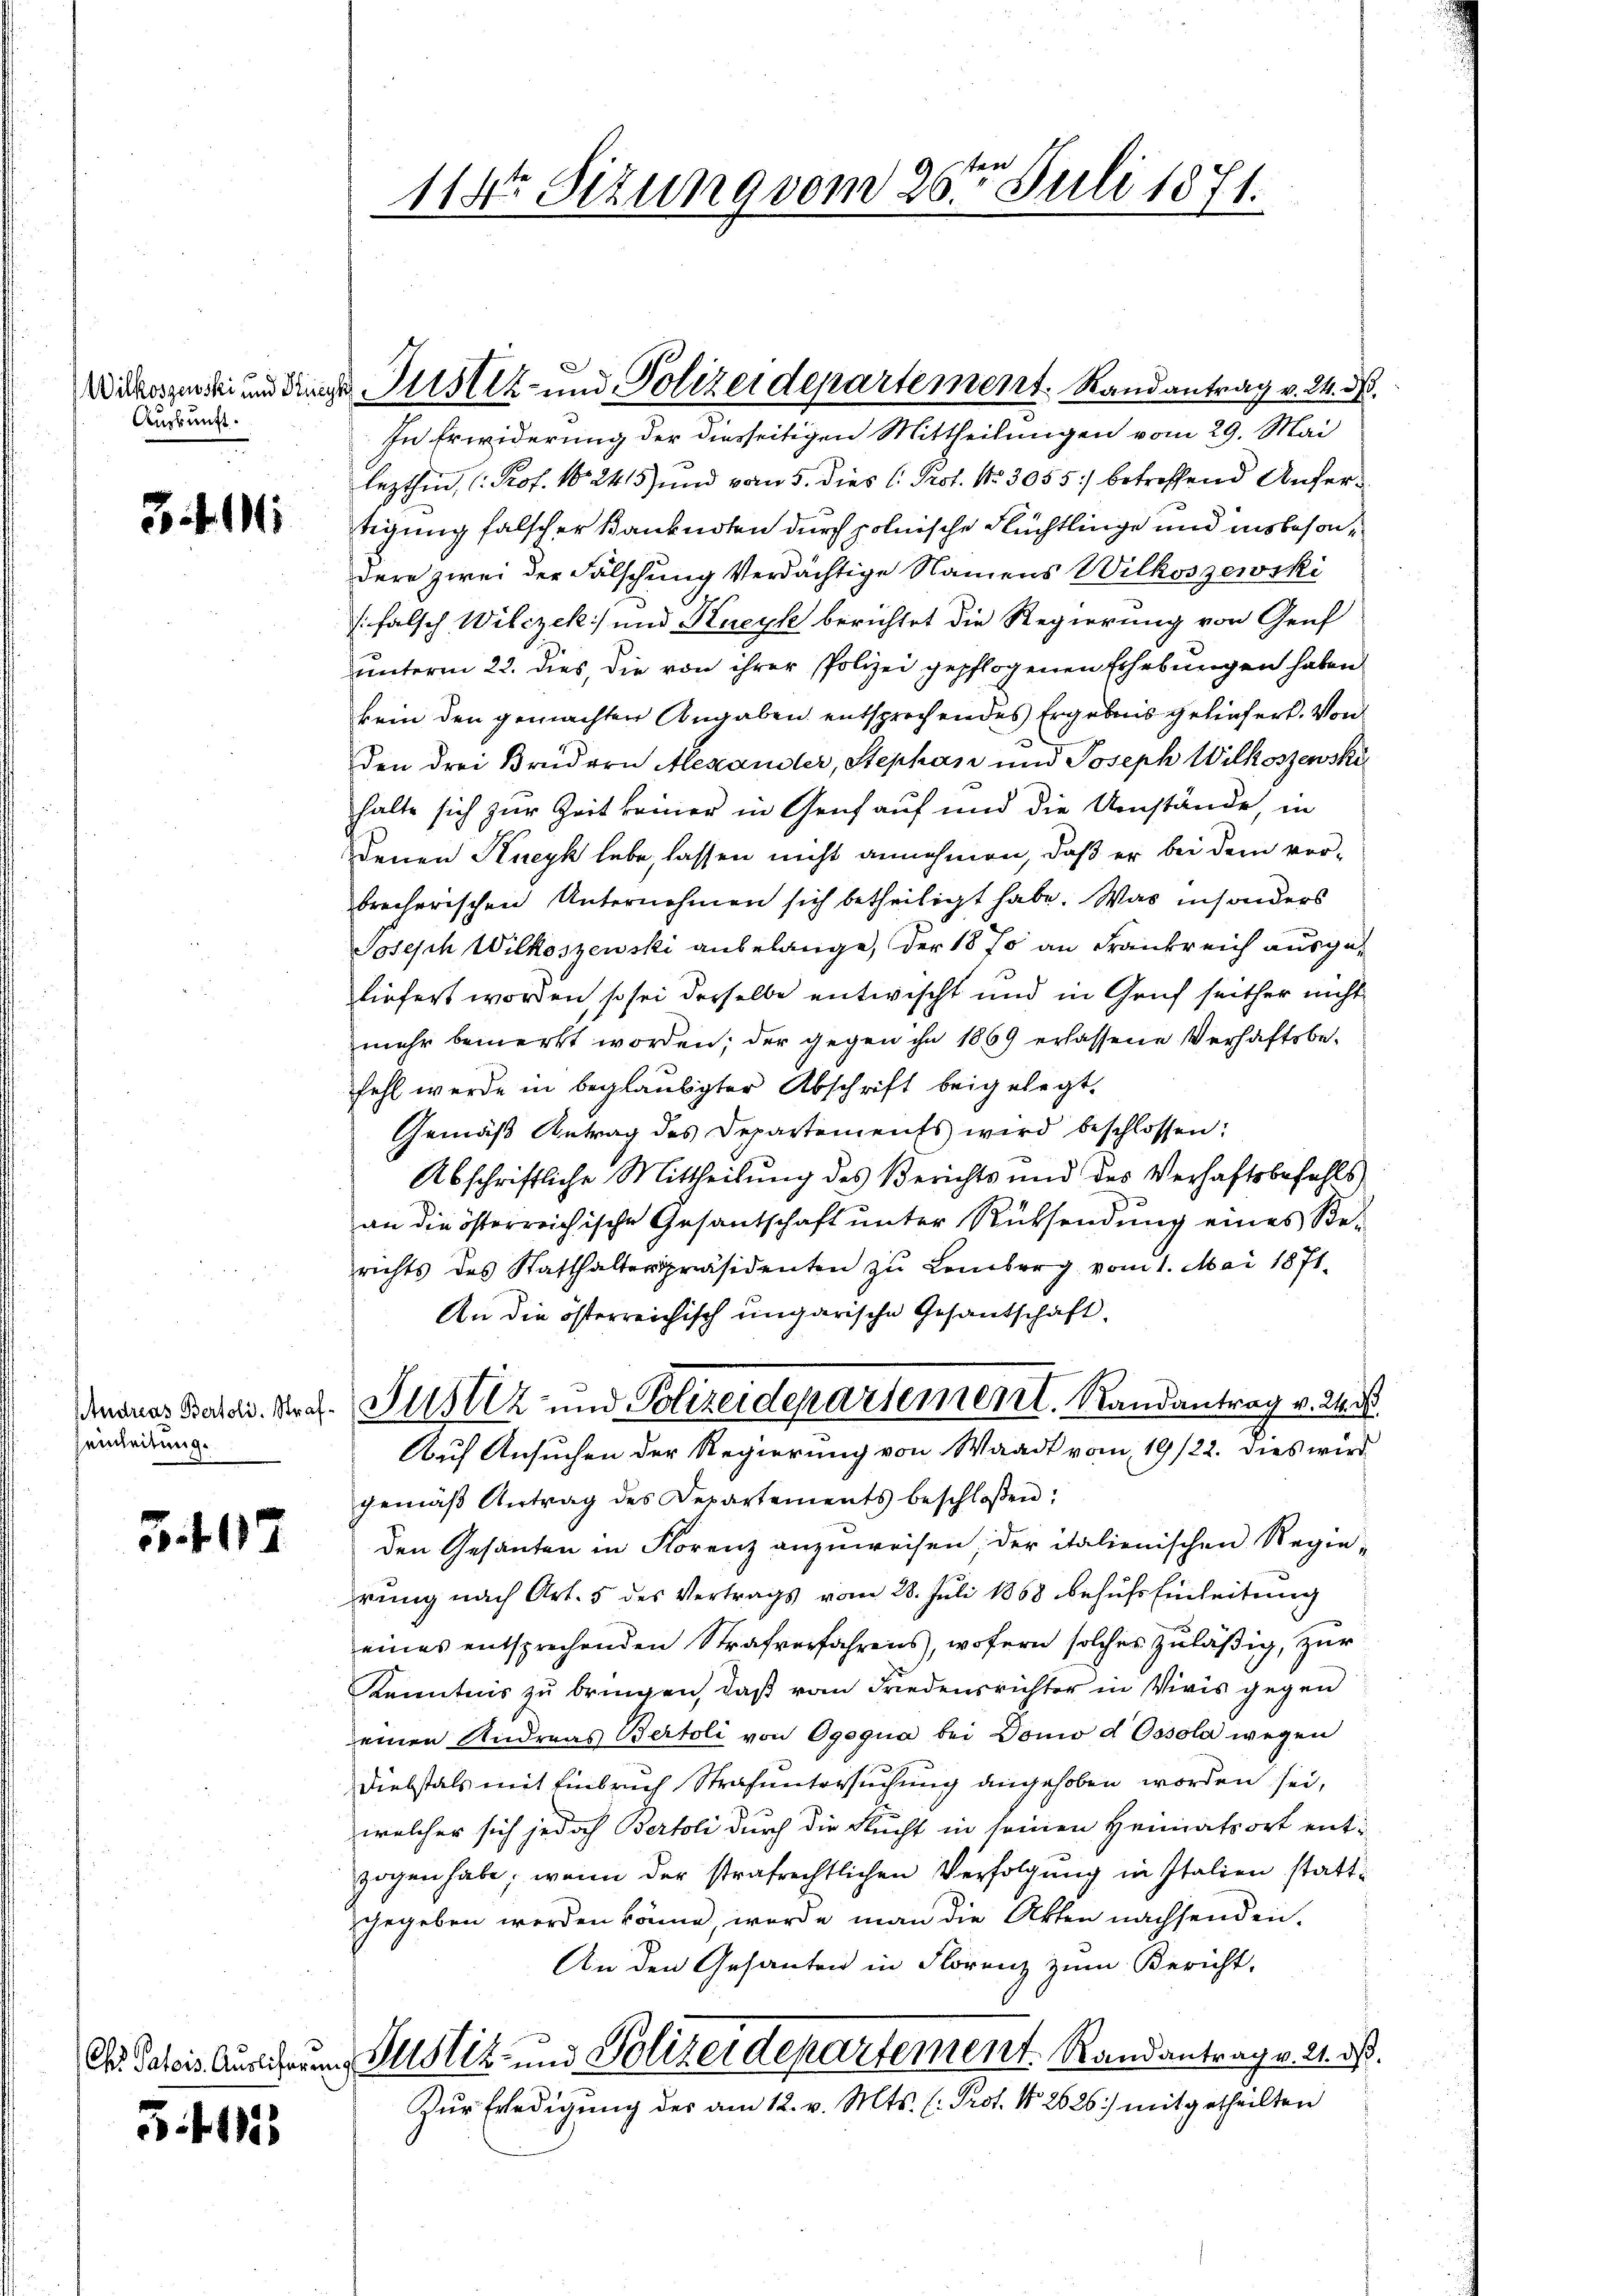
Auskunft.

3 Mi

einleitung.

5407

Ch. Patois. Auslicher

5415

11 Sizung vom 26ten Juli 1871.

In Erwiderung der diesseitigen Mittheilungen vom 29. Mai
lezthin (Prof. N. 2415) und vom 5. dies l. Prot. No 3055) betreffend Aufertigung falscher Banknoten durch polnische Flüchtlinge und insbesondere zwei der Fälschung verdächtige Namens Wilkoszewski
/. falsch Wilczek und Kneyk berichtet die Regierung von Genf
ŭnterm 22. dies, die von ihrer Polizei gepflogenen Erhebungen haben
kein den gemachten Angaben entsprechendes Ergebnis geliefert. Von
den drei Brüdern Alexandler, Stephan und Joseph Wilkoszewski
halte sich zur Zeit keiner in Genf auf und die Umstände, in
denen Kneyk lebe, lassen nicht annehmen, daß er bei dem vorbrecherischen Unternehmen sich betheiligt habe. Was insonders
Joseph Wilkoszenski anbelange, der 1870 an Frankreich ausgeliefert worden, so sei derselbe entwischt und in Gruf seither nicht
mehr bemerkt worden; der gegen ihn 1869 erlassene Verhaftsbefehl werde in beglaubigter Abschrift beigelegt,
Gemäß Antrag des Departements wird beschlossen:
Abschriftliche Mittheilung des Berichts und des Verhaftsbefehls
an die österreichische Gesantschaft unter Rücksendung eines Berichts des Statthalterpräsidenten zŭ Lemberg vom 1. Mai 1871.
An die österreichisch ungarische Gesandschaft,
Anones Basel. Prof. Justiz und Polizeidepartement. Randantrag v. M.
Auf Ansuchen der Regierung von Waadt vom 19/22. dies wird
gemäß Antrag des Departements beschloßen:
den Gesanten in Florenz anzuweisen, der italienischen Regierung nach Art. 5 des Vertrags vom 28. Juli 1868 behufs Einleitung
eines entsprechenden Strafverfahrens, wofern solches zuläßig, zŭr
Kenntnis zu bringen, daß vom Friedensrichter in Vivis gegen
einen Andreas Bertoli von Ogoqua bei Donio d Ossola wegen
Diebstals mit Einbruch Strafuntersuchung angehoben worden sei,
welcher sich jedoch Bertoli durch die Flucht in seinen Heimatsort entzogen habe, wenn der strafrechtlichen Verfolgung in Italien stattgegeben werden könne, werde man die Akten nachsenden.
An den Gesanten in Florenz zum Bericht,
u. Justiz- und Polizeidepartement. Randantrag v. 21. ds.
Zŭr Erledigŭng des am 12. v. Mts. l. Prot. N. 2626) mitgetheilten

Wickargende und die Justiz- und Polizeidepartement. Randantrag v. 24. d.